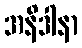
အနိဒါနာ